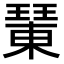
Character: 𤩘